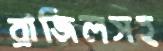
ব্রাজিলসহ